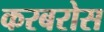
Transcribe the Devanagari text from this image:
करबरोस